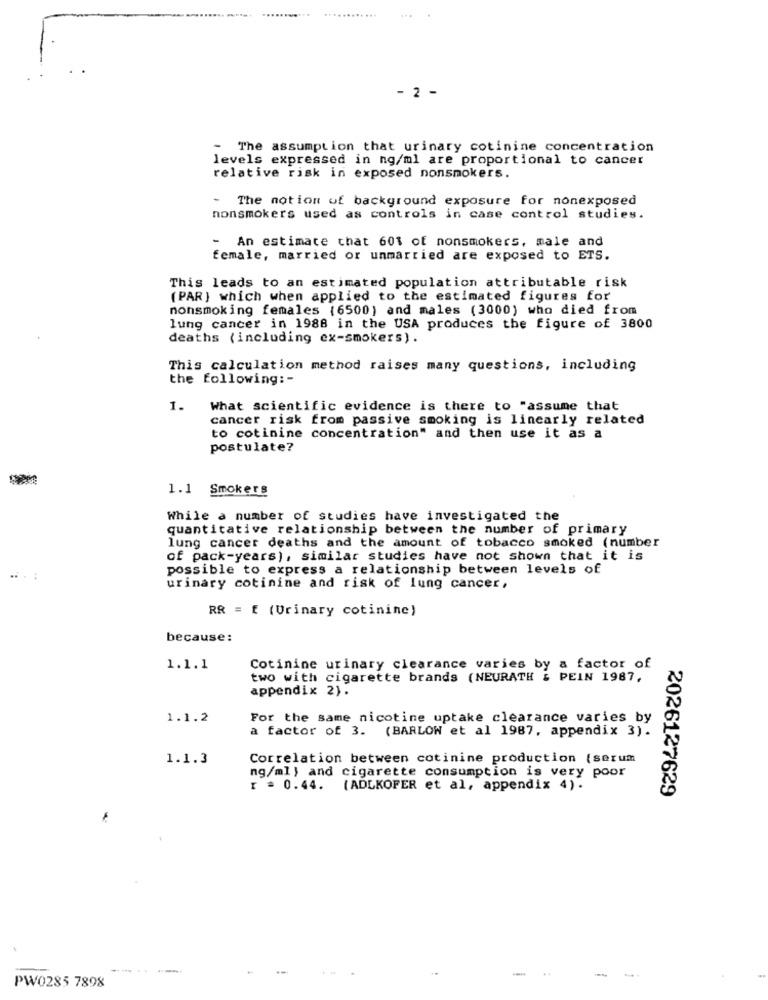
2 -
- The assumption that urinary cotinine concentration
levels expressed in ng/ml are proportional to cancer
relative risk in exposed nonsmokers.
The notion of background exposure for nonexposed
nonsmokers used as controls in case control studies.
- An estimate that 601 of nonsmokers, male and
female, married or unmarried are exposed to ETS.
This leads to an estimated population attributable risk
(PAR) which when applied to the estimated figures for
nonsmoking females (6500) and males (3000) who died from
lung cancer in 1988 in the USA produces the figure of 3800
deaths (including ex-smokers).
This calculation method raises many questions, including
the following: -
1.
What scientific evidence is there to "assume that
cancer risk from passive smoking is linearly related
to cotinine concentration" and then use it as a
postulate?
1.1 Smokers
While a number of studies have investigated the
quantitative relationship between the number of primary
lung cancer deaths and the amount of tobacco smoked (number
of pack-years), similar studies have not shown that it is
possible to express a relationship between levels of
..:
urinary cotinine and risk of lung cancer,
RR = E (Urinary cotininc)
because:
1.1.1
Cotinine urinary clearance varies by a factor of
two with cigarette brands (NEURATH & PEIN 1987,
appendix 2).
1.1.2
For the same nicotine uptake clearance varies by
a factor of 3. (BARLOW et al 1987, appendix 3).
1.1.3
Correlation between cotinine production (serum
ng/ml) and cigarette consumption is very poor
r = 0.44. (ADLKOFER et al, appendix 4).
2026127629
-------
-
PW0285 7898